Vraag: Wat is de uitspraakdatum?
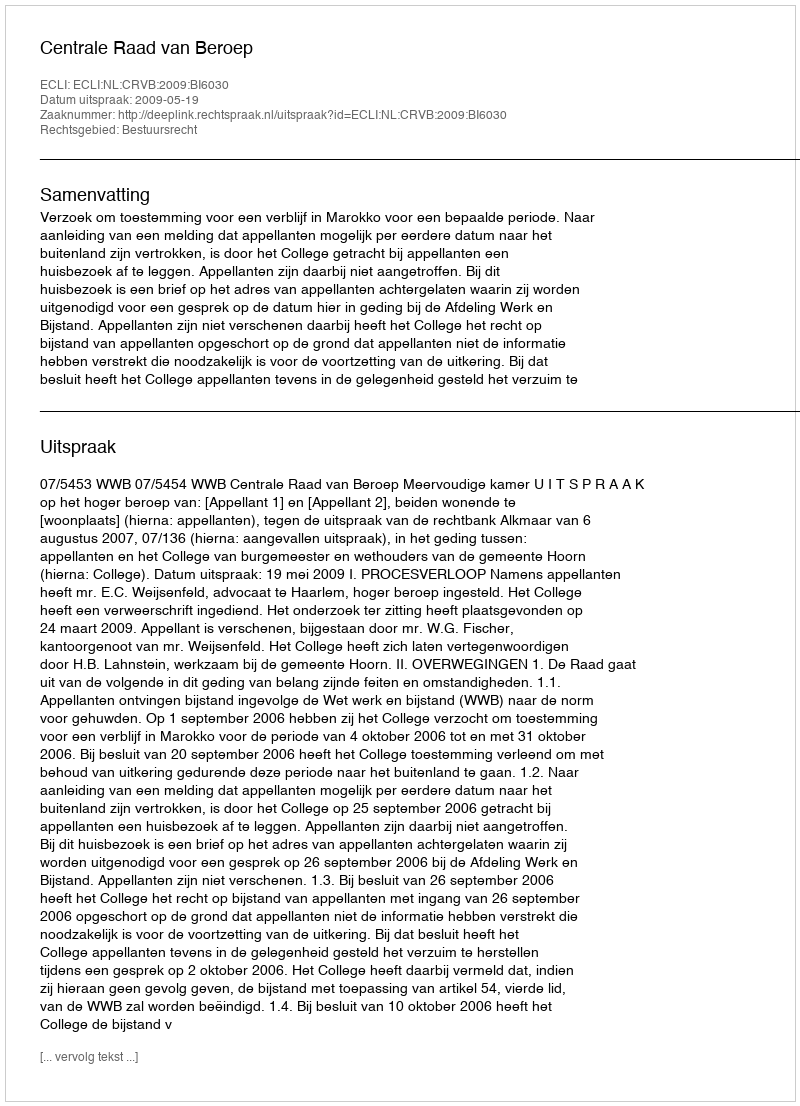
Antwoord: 2009-05-19